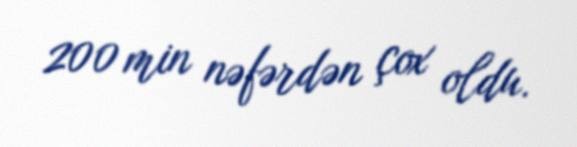
200 min nəfərdən çox oldu.